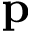
\mathbf { p }